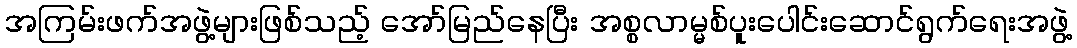
အကြမ်းဖက်အဖွဲ့များဖြစ်သည့် အော်မြည်နေပြီး အစ္စလာမ္မစ်ပူးပေါင်းဆောင်ရွက်ရေးအဖွဲ့